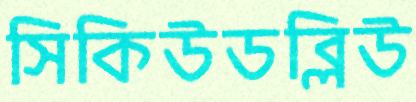
সিকিউডব্লিউ